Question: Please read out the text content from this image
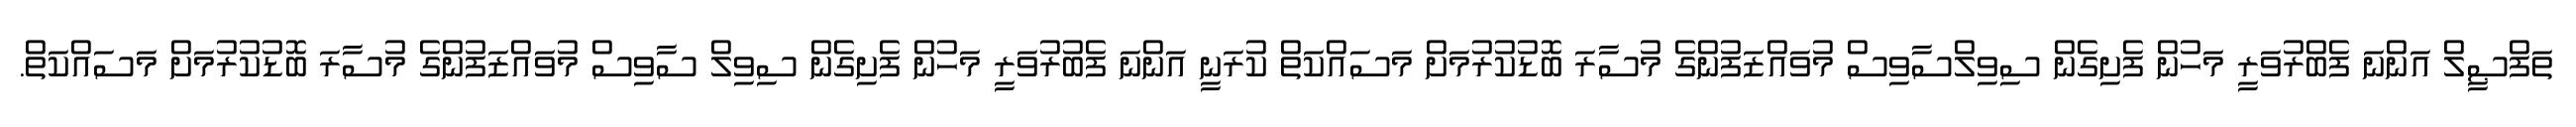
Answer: ތަފްޞީލް އަންނަ ފެބްރުވަރީ މަހުން ފެށިގެން ސިވިލްސާވިސް މުވައްޒަފުންގެ މުސާރަ ބޮޑުކުރުމަށް މަސައްކަތް ކުރަނީ އަންނަ ފެބުރުވަރީ މަހުން ފެށިގެން ސިވިލް ސާވިސް މުވައްޒަފުންގެ މުސާރަ ބޮޑުކުރުމަށް މަސައްކަތް.